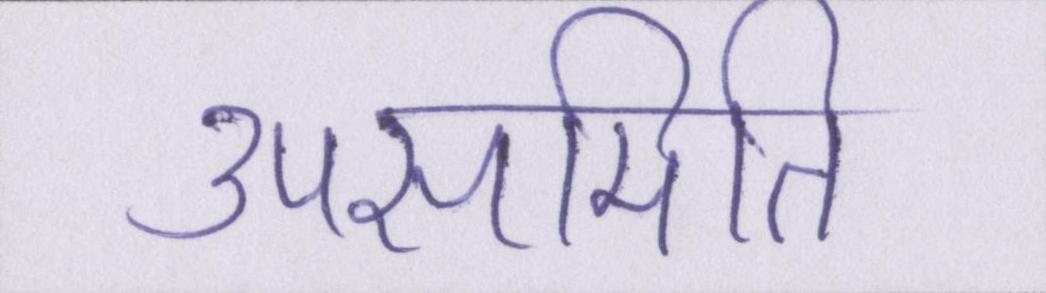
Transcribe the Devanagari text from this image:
उपसमिति